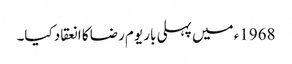
1968ء میں پہلی بار یوم رضا کا انعقاد کیا۔